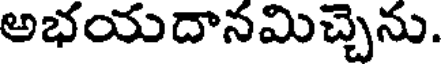
అభయదానమిచ్చెను.